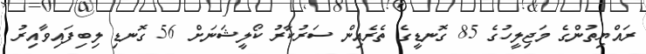
ރައްޔިތުންގެ މަޖިލީހުގެ 85 ގޮނޑީގެ ތެރެއިން ސަރުކާރު ކޯލީޝަނަށް 56 ގޮނޑި ލިބިފައިވާއިރު